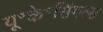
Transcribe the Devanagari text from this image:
यू॰के॰सिंगल्स